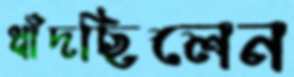
ধাঁদছিলেন